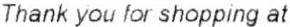
THANK YOU FOR SHOPPING AT